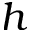
h